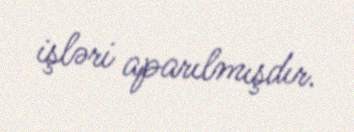
işləri aparılmışdır.